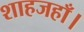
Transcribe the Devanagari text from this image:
शाहजहाँ।